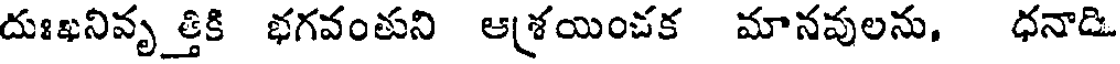
దుఃఖనివృ త్తికి భగవంతుని ఆశయించక మానవులను, ధనాడి